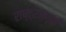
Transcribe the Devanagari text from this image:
राष्ट्रजागृती